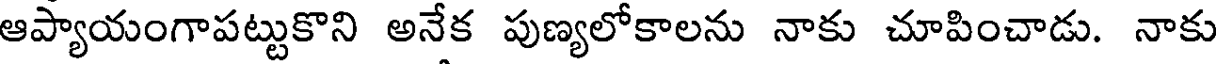
ఆప్యాయంగాపట్టుకొని అనేక పుణ్యలోకాలను నాకు చూపించాడు. నాకు